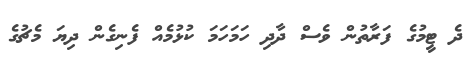
ދެ ޓީމުގެ ފަރާތުން ވެސް ދާދި ހަމަހަމަ ކުޅުމެއް ފެނިގެން ދިޔަ މެޗުގެ